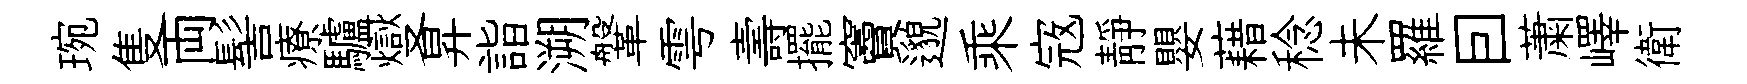
琬隻両髻療驢燮昇詣溯鞶雩壽擺竇邈乘𡨥靜嬰藉稔未羅囙䔥嶧衛